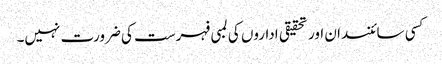
کسی سائنسدان اور تحقیقی اداروں کی لمبی فہرست کی ضرورت نہیں۔